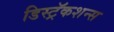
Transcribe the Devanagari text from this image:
डिस्ट्रॅकशन्स